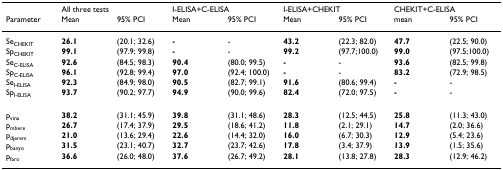
<table><thead><tr><td></td><td colspan="2"><b>All three tests</b></td><td colspan="2"><b>I-ELISA+C-ELISA</b></td><td colspan="2"><b>I-ELISA+CHEKIT</b></td><td colspan="2"><b>CHEKIT+C-ELISA</b></td></tr><tr><td><b>Parameter</b></td><td><b>Mean</b></td><td><b>95% PCI</b></td><td><b>Mean</b></td><td><b>95% PCI</b></td><td><b>Mean</b></td><td><b>95% PCI</b></td><td><b>mean</b></td><td><b>95% PCI</b></td></tr></thead><tbody><tr><td>Se<sub>CHEKIT</sub></td><td><b>26.1</b></td><td>(20.1; 32.6)</td><td><b>-</b></td><td>-</td><td><b>43.2</b></td><td>(22.3; 82.0)</td><td><b>47.7</b></td><td>(22.5; 90.0)</td></tr><tr><td>Sp<sub>CHEKIT</sub></td><td><b>99.1</b></td><td>(97.9; 99.8)</td><td><b>-</b></td><td>-</td><td><b>99.2</b></td><td>(97.7;100.0)</td><td><b>99.0</b></td><td>(97.5;100.0)</td></tr><tr><td>Se<sub>C-ELISA</sub></td><td><b>92.6</b></td><td>(84.5; 98.3)</td><td><b>90.4</b></td><td>(80.0; 99.5)</td><td><b>-</b></td><td>-</td><td><b>93.6</b></td><td>(82.5; 99.8)</td></tr><tr><td>Sp<sub>C-ELISA</sub></td><td><b>96.1</b></td><td>(92.8; 99.4)</td><td><b>97.0</b></td><td>(92.4; 100.0)</td><td><b>-</b></td><td>-</td><td><b>83.2</b></td><td>(72.9; 98.5)</td></tr><tr><td>Se<sub>I-ELISA</sub></td><td><b>92.3</b></td><td>(84.9; 98.0)</td><td><b>90.5</b></td><td>(82.7; 99.1)</td><td><b>91.6</b></td><td>(80.6; 99.4)</td><td><b>-</b></td><td>-</td></tr><tr><td>Sp<sub>I-ELISA</sub></td><td><b>93.7</b></td><td>(90.2; 97.7)</td><td><b>94.9</b></td><td>(90.0; 99.6)</td><td><b>82.4</b></td><td>(72.0; 97.5)</td><td><b>-</b></td><td>-</td></tr><tr><td>p<sub>vina</sub></td><td><b>38.2</b></td><td>(31.1; 45.9)</td><td><b>39.8</b></td><td>(31.1; 48.6)</td><td><b>28.3</b></td><td>(12.5; 44.5)</td><td><b>25.8</b></td><td>(11.3; 43.0)</td></tr><tr><td>p<sub>mbere</sub></td><td><b>26.7</b></td><td>(17.4; 37.9)</td><td><b>29.5</b></td><td>(18.6; 41.2)</td><td><b>11.8</b></td><td>(2.1; 29.1)</td><td><b>14.7</b></td><td>(2.0; 36.6)</td></tr><tr><td>p<sub>djerem</sub></td><td><b>21.0</b></td><td>(13.6; 29.4)</td><td><b>22.6</b></td><td>(14.4; 32.0)</td><td><b>16.0</b></td><td>(6.7; 30.3)</td><td><b>12.9</b></td><td>(5.4; 23.6)</td></tr><tr><td>p<sub>banyo</sub></td><td><b>31.5</b></td><td>(23.1; 40.7)</td><td><b>32.7</b></td><td>(23.7; 42.6)</td><td><b>17.8</b></td><td>(3.4; 37.9)</td><td><b>13.9</b></td><td>(1.5; 35.6)</td></tr><tr><td>p<sub>faro</sub></td><td><b>36.6</b></td><td>(26.0; 48.0)</td><td><b>37.6</b></td><td>(26.7; 49.2)</td><td><b>28.1</b></td><td>(13.8; 27.8)</td><td><b>28.3</b></td><td>(12.9; 46.2)</td></tr></tbody></table>